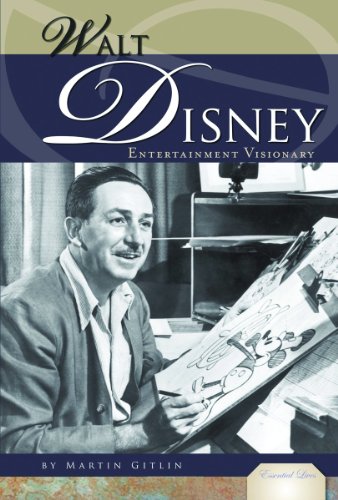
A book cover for Walt Disney: Entertainment Visionary (Essential Lives); Martin Gitlin; Teen & Young Adult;